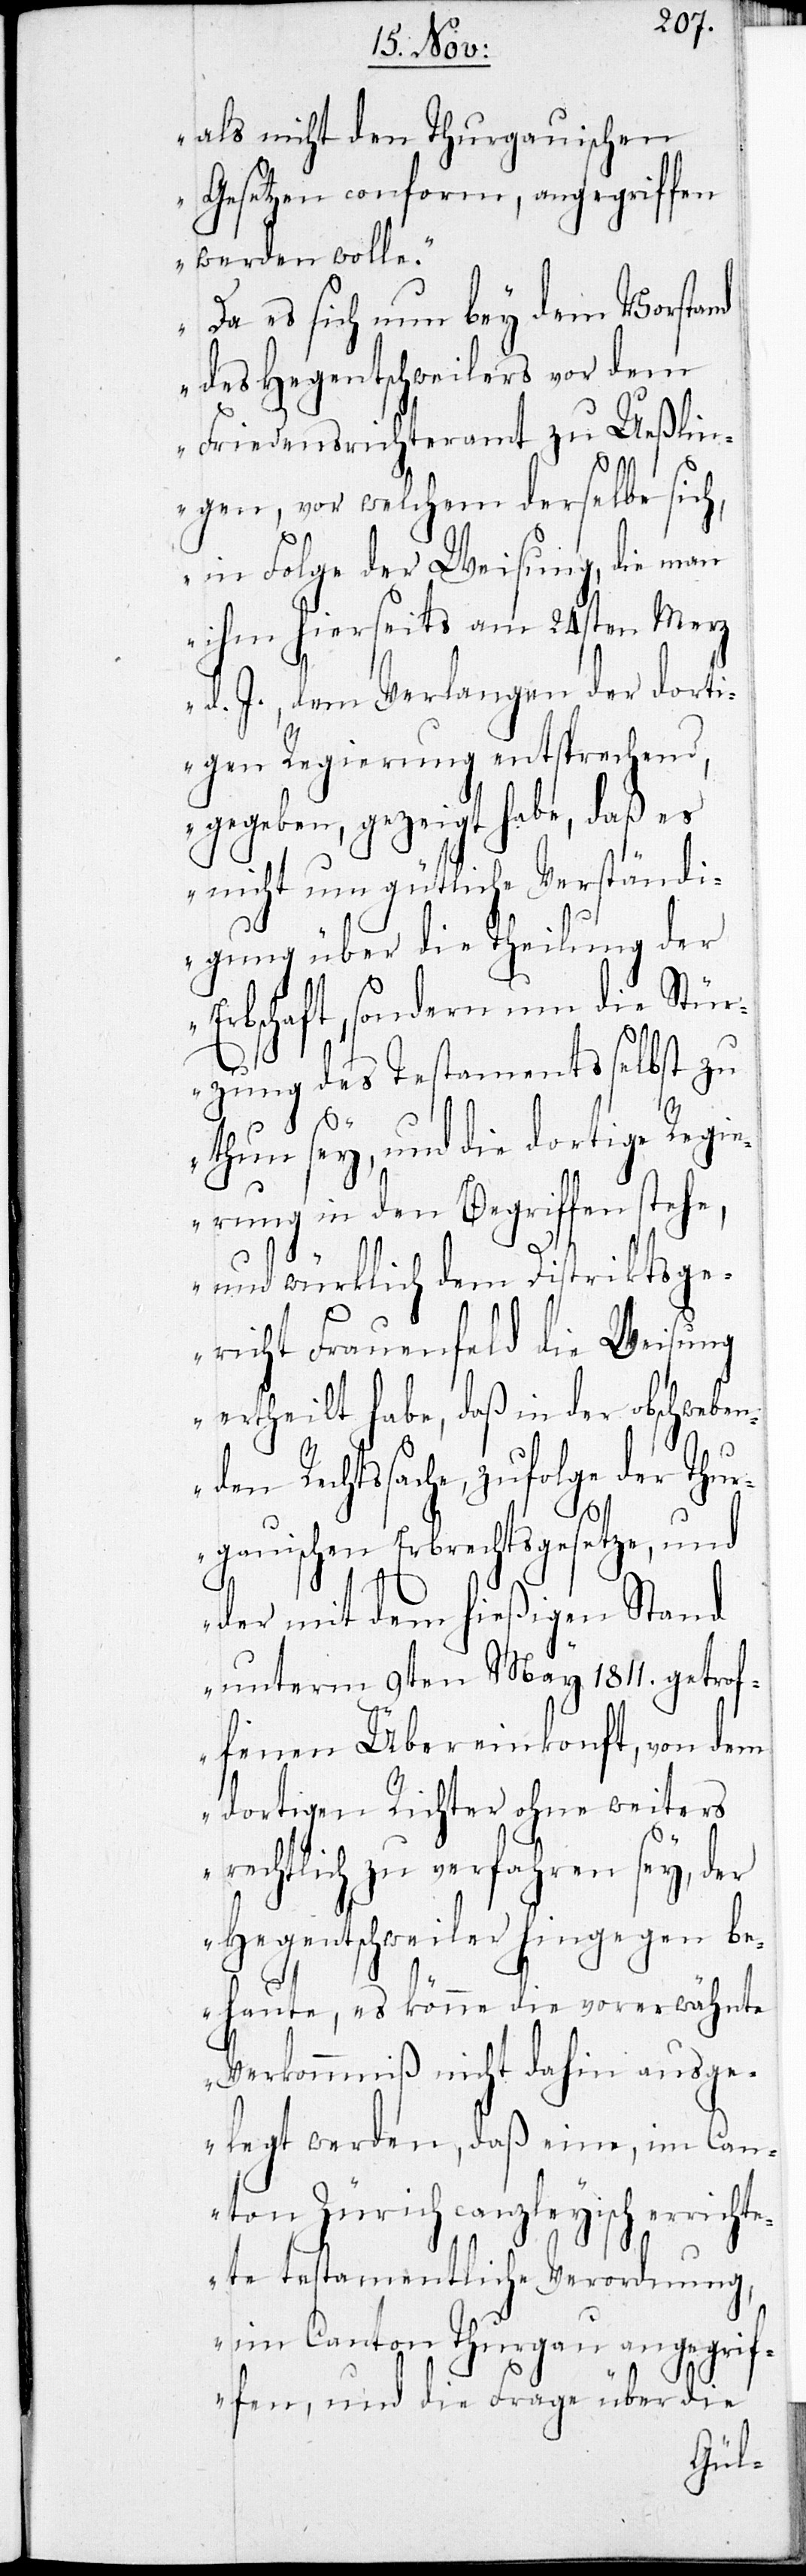
als nicht den Thurgauischen
Gesetzen conform, angegriffen
werden wolle.
Da es sich nun bey dem Vorstand
des Hegentschweilers vor dem
Friedensrichteramt zu Ueßlin¬
gen, vor welchem derselbe sich
in Folge Weisung, die man
ihm hierseits am 24sten Merz
d. J., dem Verlangen der dorti¬
gen Regierung entsprechend,
gegeben, gezeigt habe, daß es
nicht ungütliche Verständi¬
gung über die Theilung der
Erbschaft, sondern um die Stür¬
zung des Testaments selbst zu
thun sey, und die dortige Regi¬
erung in den Begriffen stehe,
und würklich dem Distriktsge¬
richt Frauenfeld die Weisung
ertheilt habe, daß in der obschweben¬
den Rechtssache, zufolge der Thu¬
rgauischen Erbrechtsgesetze, und
der mit dem hießigen Stand
unterm 9ten May 1811. getrof¬
fenen Übereinkonft, von dem
dortigen Richter ohne weiters
rechtlich zu verfahren sey, der
Hegentschweiler hingegen be¬
haupte, es könne die vorerwähnte
Verkommniß nicht dahin ausge¬
legt werden, daß eine, im Can¬
ton Zürich canzleyisch errichte¬
te testamentliche Verordnung,
im Canton Thurgau angegrif¬
fen, und die Frage über die